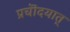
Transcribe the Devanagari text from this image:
प्रचॊदयात्